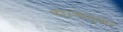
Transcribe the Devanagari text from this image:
कारणानुसार